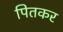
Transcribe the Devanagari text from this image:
पितकर